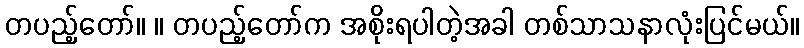
တပည့်တော်။ ။ တပည့်တော်က အစိုးရပါတဲ့အခါ တစ်သာသနာလုံးပြင်မယ်။